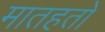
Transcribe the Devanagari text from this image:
मातहतों